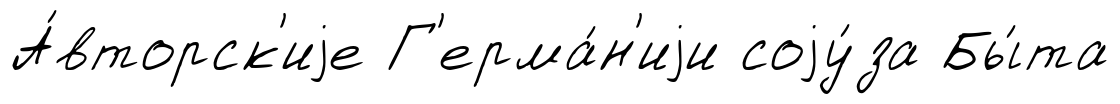
А́вторск'иjе Г'ерма́н'иjи соjу́за Бы́та